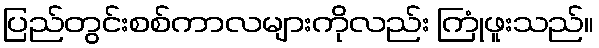
ပြည်တွင်းစစ်ကာလများကိုလည်း ကြုံဖူးသည်။